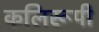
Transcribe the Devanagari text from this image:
कलिरूपी